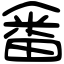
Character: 𤲞